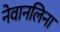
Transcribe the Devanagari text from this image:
नेवानलिना